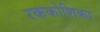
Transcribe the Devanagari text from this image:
रककोशिका